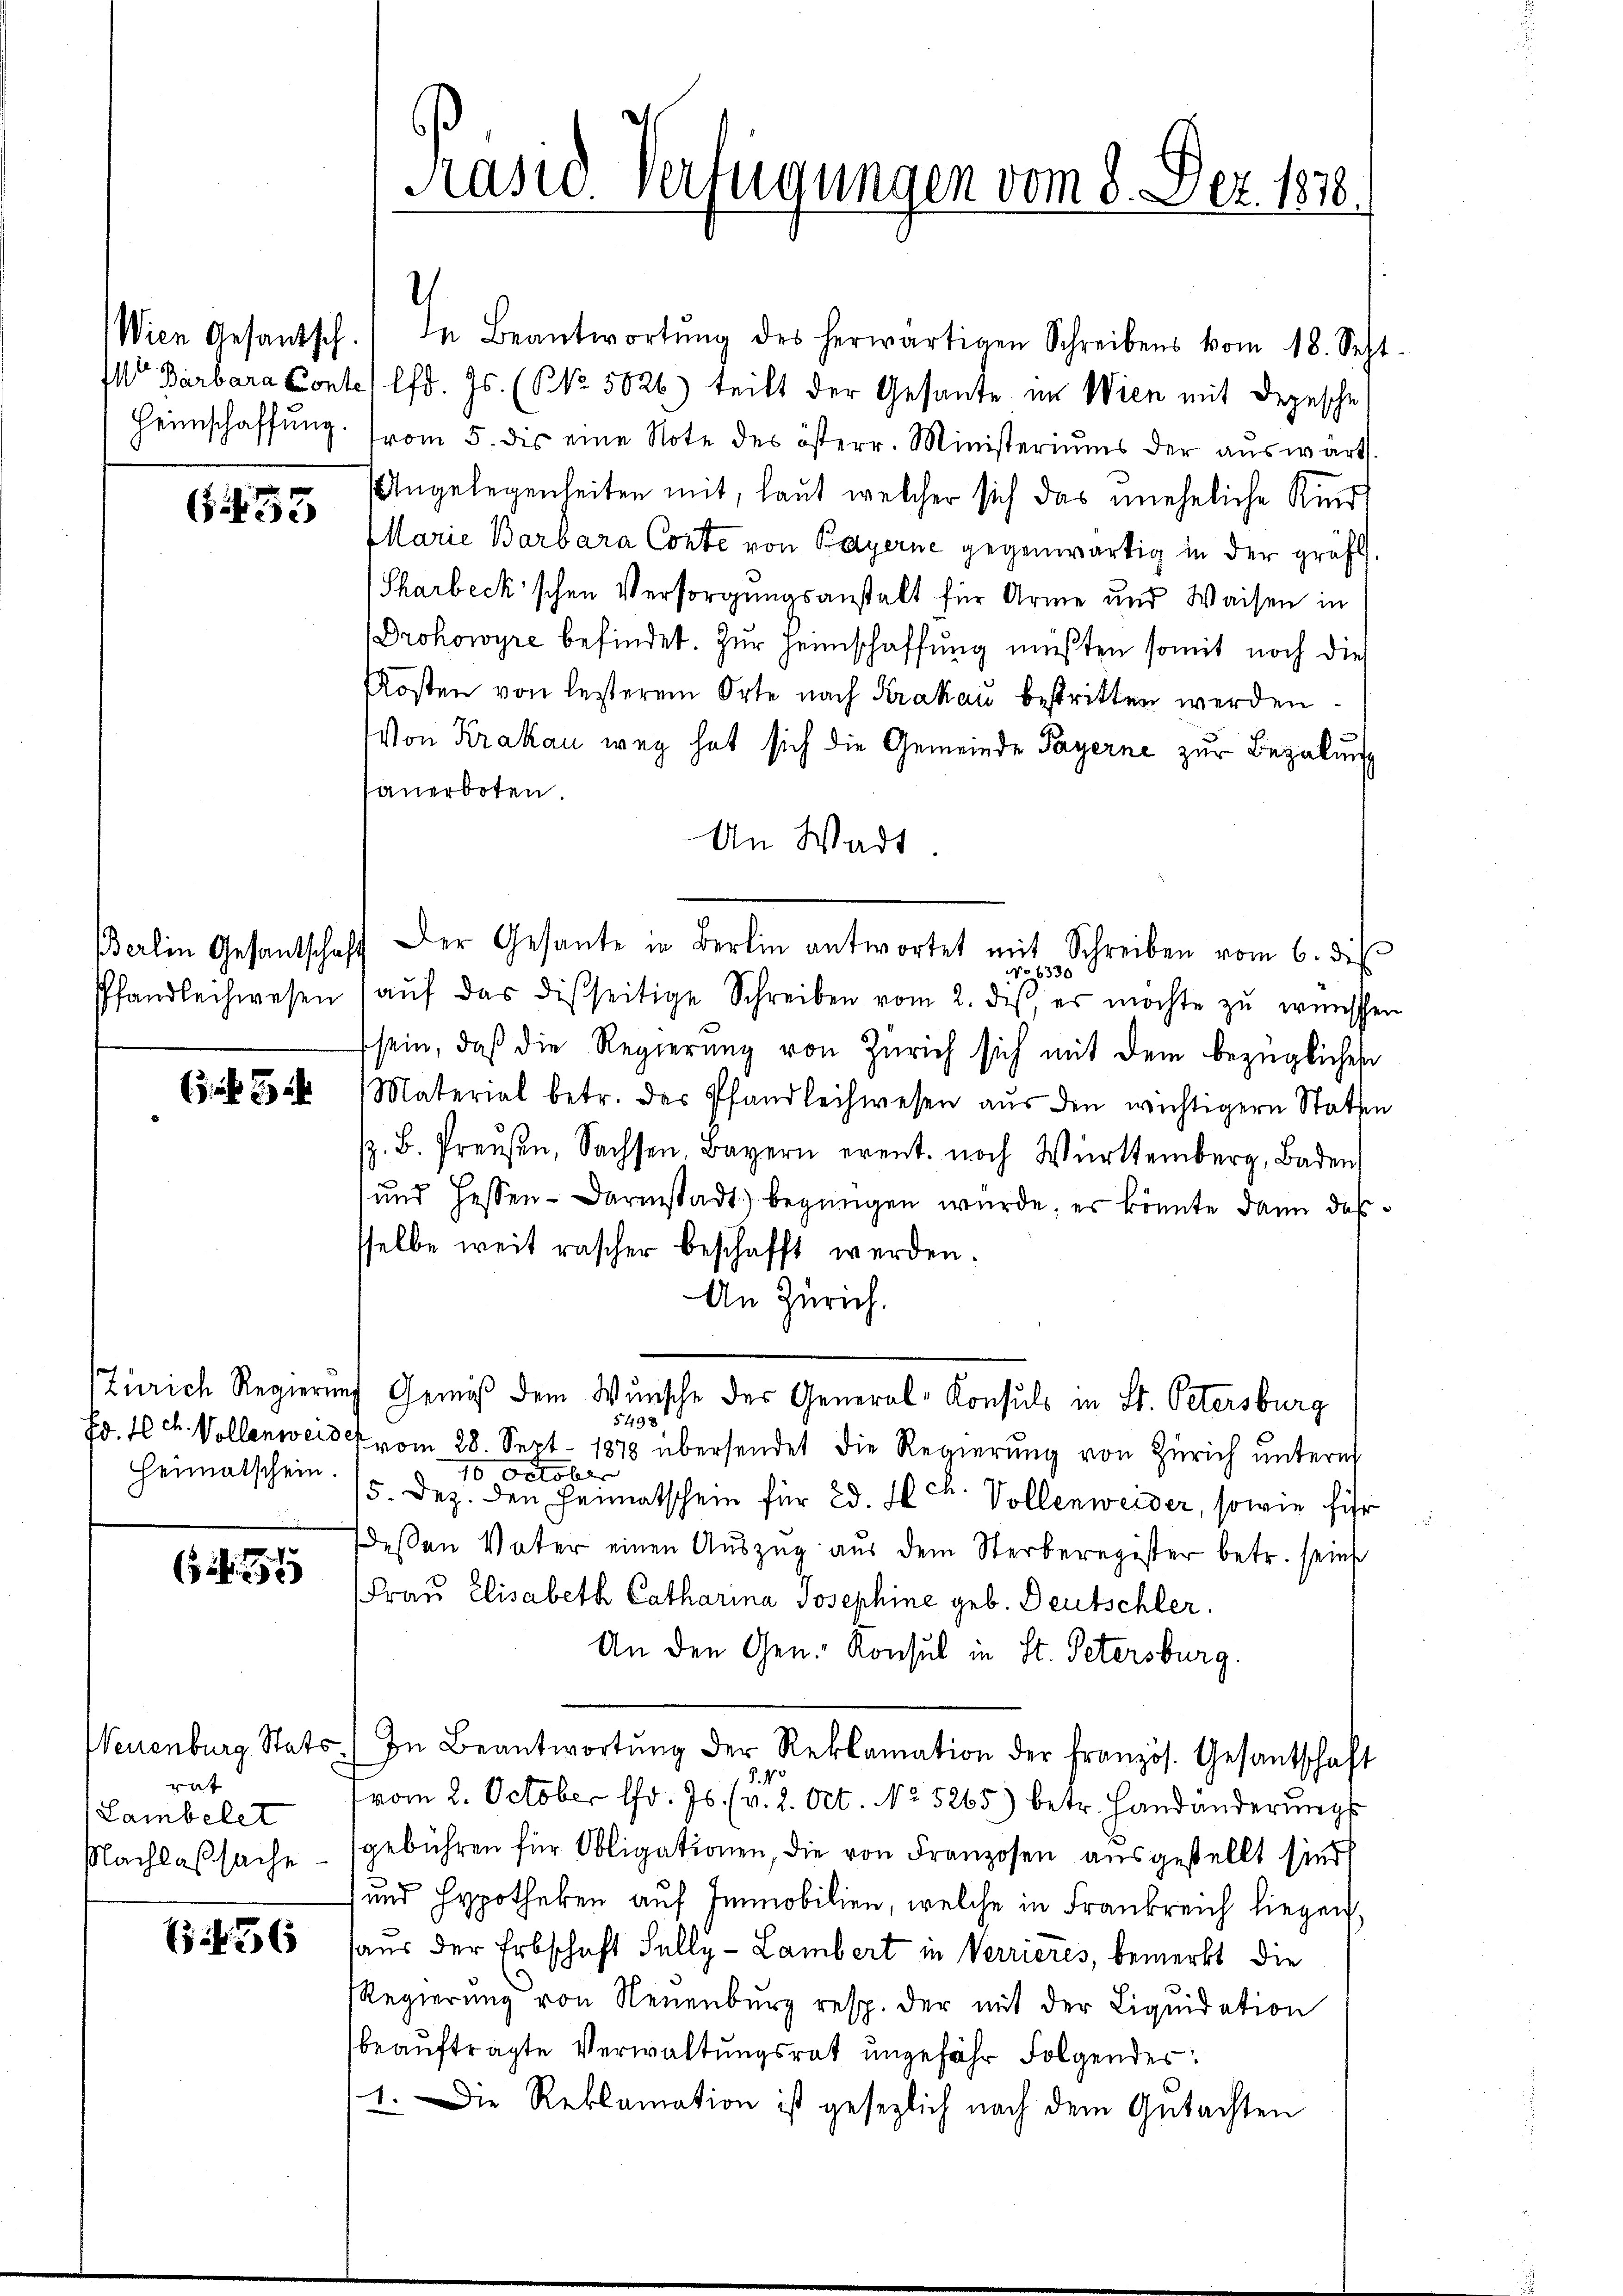
55

3

Heimatschein.

1

rat
Lambelet
Nachlaßsache

3 f 56

Präsid. Verfügungen vom 8. Dez. 1878.

)
Wien Gesandtsch. In Beantwortŭng des herwärtigen Schreibens vom 18. Sept.
Il Barbara Contes lfd. Js. (NNo. 5026) teilt der Gesante im Wien mit Depesche
Heimschaffŭng. (vom 5. dis eine Note des österr. Ministeriums der aŭswärt.
Angelegenheiten mit, laut welcher sich das uneheliche Kind
Marie Barbara Conte von Payerne gegenwärtig in der gräfl.
Tharbecki'schen Versorgungsanstalt für Arme und Waisen in
Prokowyre befindet. Zur Heimschaffung müßten somit noch die
Kosten von lezterem Orte nach Krakau bestritten werden
Von Krakau weg hat sich die Gemeinde Payerne zur Bezalung
sanerboten.
An Wadt.
Berlin Gesantschaft der Gesante in Berlin antwortet mit Schreiben vom 6. di
 1330
Pfandleihwesen aŭf das disseitige Schreiben vom 2. des, es möchte zŭ wünschen
sein, daß die Regierung von Zürich sich mit dem bezügliches
Material betr. des Pfandleihwesen aus den wichtigern Staten
z. B. Preŭβen, Sachsen Bayern erent. noch Württemberg, Baden
und Hessen-Darmstadt) begnügen wurde, es könnte dann das
sselbe weit rascher beschafft werden.
An Zürich.
Zürich Regierung Gemäß dem Wunsche der General-Konsuls in St. Petersburg
5498
Ed. Sch. Vollenweis vom 28. Sept. 1878 übersendet die Regierŭng von Zürich untere
10 Oktober
15. Dez. den Heimatschein für 2. Hch. Vollenweider, sowie führ
Dessen Vater einen Aŭszŭg aŭs dem Sterberegister betr. seins
Frau Elisabeth Catharina Josephine geb. Deutschler.
An den Gen. Konsul in St. Petersburg.
Neuenburg Stats.) In Beantwortŭng der Reklamation der französ. Gesantschaft
5.4.
vom 2. October l. Js. (v. 2. Oct. No 5265) betr. Handänderŭngs
gebühren für Obligationen, die von Franzosen ausgestellt sind,
und Hypotheken auf Immobilien, welche in Frankreich liegen,
haus der Erbschaft Fully - Lambert in Verrieres, bemerkt die
Regierŭng von Neuenburg resp. der mit der Liqŭidation
beauftragte Verwaltungsrat ungefähr Folgendes:
1. Die Reklamation ist gesezlich nach dem Gutachten